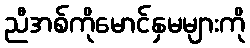
ညီအစ်ကိုမောင်နှမများကို